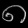
Digit: ၈